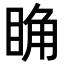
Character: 𥆌